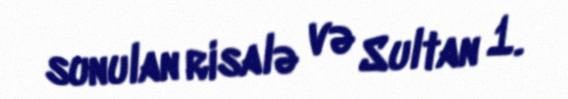
sunulan risalə və Sultan 1.